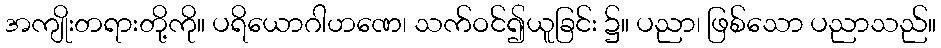
အကျိုးတရားတို့ကို။ ပရိယောဂါဟဏေ၊ သက်ဝင်၍ယူခြင်း ၌။ ပညာ၊ ဖြစ်သော ပညာသည်။